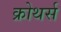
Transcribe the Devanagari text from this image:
क्रोथर्स